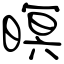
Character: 暝